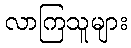
လာကြသူများ